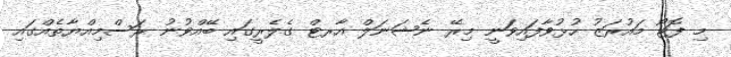
މި ފޮޓޯ މައުރަޒު ހުޅުވާފައިވަނީ މިރޭ ނެޝަނަލް އާރޓް ގެލެރީގައި ބޭއްވުނު ރަސްމިއްޔާތެއްގައި